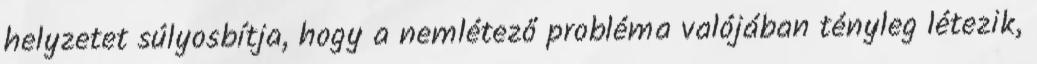
helyzetet súlyosbítja, hogy a nemlétező probléma valójában tényleg létezik,